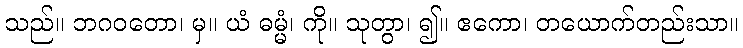
သည်။ ဘဂဝတော၊ မှ။ ယံ ဓမ္မံ၊ ကို။ သုတွာ၊ ၍။ ဧကော၊ တယောက်တည်းသာ။